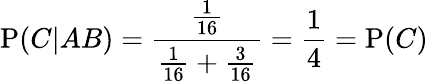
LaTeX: \mathrm{P}(C|AB)={\frac{\frac{1}{16}}{{\frac{1}{16}}+{\frac{3}{16}}}}={\frac{1}{4}}=\mathrm{P}(C)